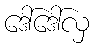
ဒေါ်ဒေါ်လှ